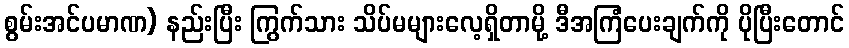
စွမ်းအင်ပမာဏ) နည်းပြီး ကြွက်သား သိပ်မများလေ့ရှိတာမို့ ဒီအကြံပေးချက်ကို ပိုပြီးတောင်